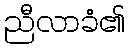
ညီလာခံ၏